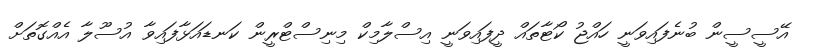
އޭސީސީން ބުނެފައިވަނީ ހައްޖު ކޯޓާތައް ދީފައިވަނީ އިސްލާމިކް މިނިސްޓްރީން ކަނޑައަޅާފައިވާ އުސޫލާ އެއްގޮތަށް